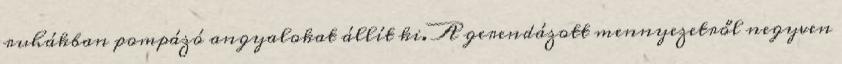
ruhákban pompázó angyalokat állít ki. A gerendázott mennyezetről negyven